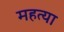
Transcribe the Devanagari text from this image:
महत्या